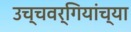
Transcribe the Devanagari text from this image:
उच्चवर्गियांच्या